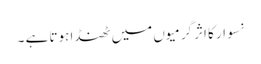
نسوار کا اثرگرمیوں میں ٹھنڈا ہوتا ہے ۔